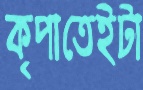
কৃপাতেইটা